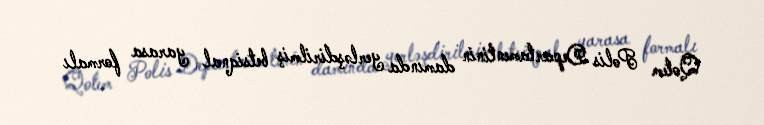
Qotem Polis Departamentinin damında yerləşdirilmiş betsiqnal yarasa formalı